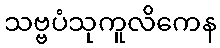
သဗ္ဗပံသုကူလိကေန